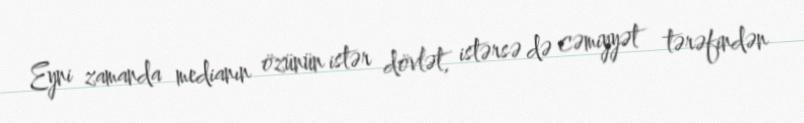
Eyni zamanda medianın özünün istər dövlət, istərsə də cəmiyyət tərəfindən